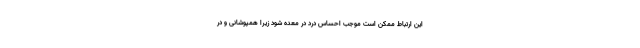
این ارتباط ممکن است موجب احساس درد در معده شود زیرا همپوشانی و در